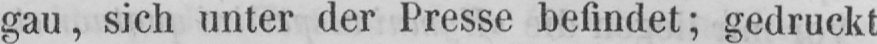
gau, sich unter der Presse befindet; gedruckt